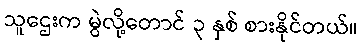
သူဌေးက မွဲလို့တောင် ၃ နှစ် စားနိုင်တယ်။